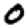
Digit: 0